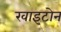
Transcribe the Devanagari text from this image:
खाइटोन